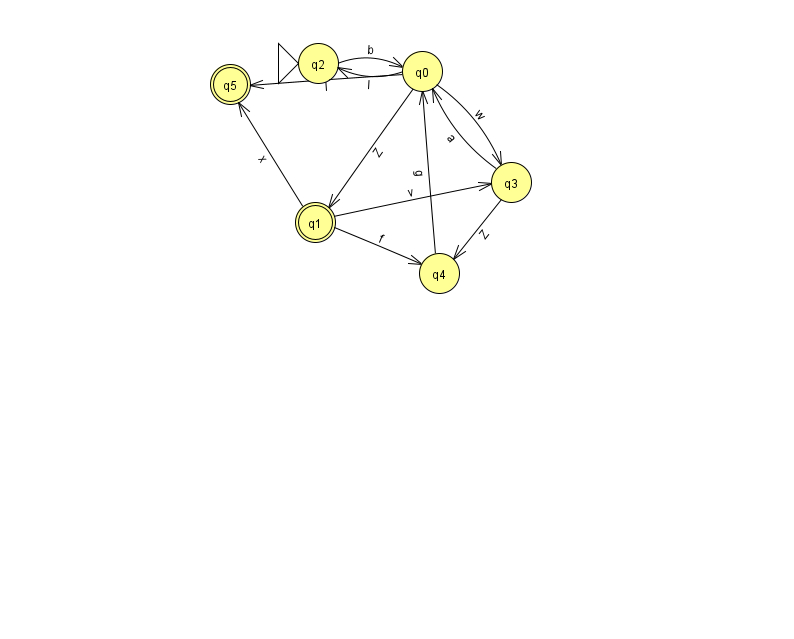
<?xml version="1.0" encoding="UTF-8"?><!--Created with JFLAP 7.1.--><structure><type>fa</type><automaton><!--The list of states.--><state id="0" name="q0"><x>422.0</x><y>58.0</y></state><state id="1" name="q1"><x>315.0</x><y>209.0</y><final/></state><state id="2" name="q2"><x>318.0</x><y>50.0</y><initial/></state><state id="3" name="q3"><x>511.0</x><y>169.0</y></state><state id="4" name="q4"><x>439.0</x><y>260.0</y></state><state id="5" name="q5"><x>230.0</x><y>71.0</y><final/></state><!--The list of transitions.--><transition><from>1</from><to>5</to><read>x</read></transition><transition><from>4</from><to>0</to><read>g</read></transition><transition><from>1</from><to>3</to><read>v</read></transition><transition><from>2</from><to>0</to><read>b</read></transition><transition><from>0</from><to>1</to><read>Z</read></transition><transition><from>3</from><to>4</to><read>Z</read></transition><transition><from>0</from><to>5</to><read>l</read></transition><transition><from>3</from><to>0</to><read>a</read></transition><transition><from>0</from><to>2</to><read>l</read></transition><transition><from>0</from><to>3</to><read>w</read></transition><transition><from>1</from><to>4</to><read>f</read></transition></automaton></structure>